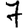
Digit: 7